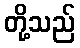
တို့သည်